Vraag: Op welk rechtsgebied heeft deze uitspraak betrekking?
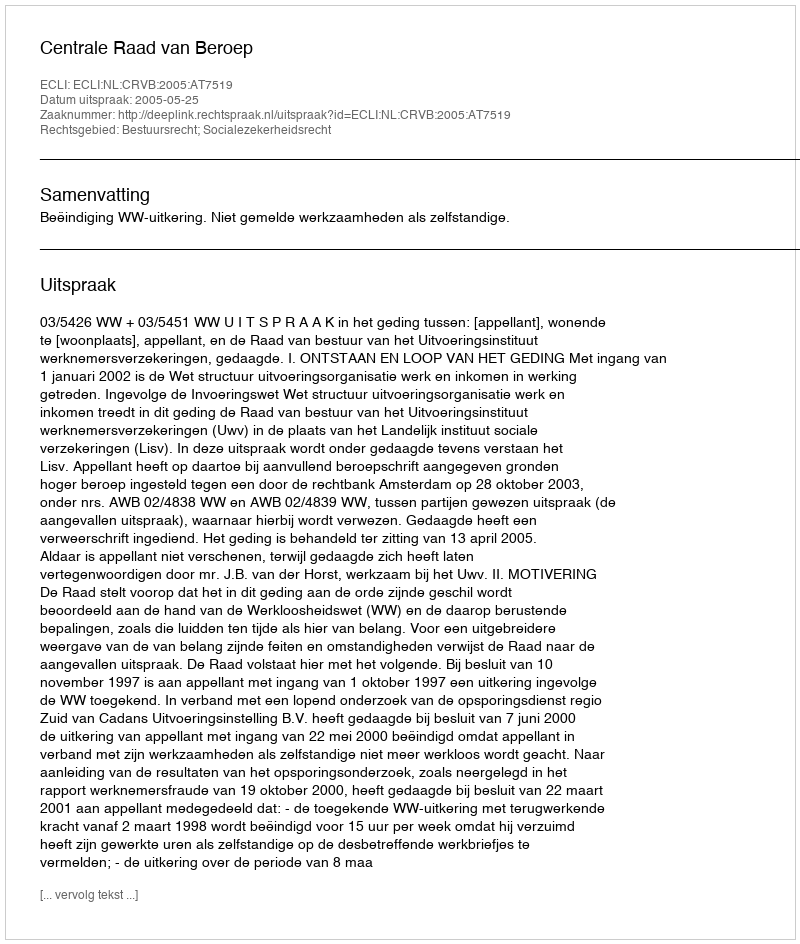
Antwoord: Bestuursrecht; Socialezekerheidsrecht